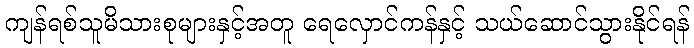
ကျန်ရစ်သူမိသားစုများနှင့်အတူ ရေလှောင်ကန်နှင့် သယ်ဆောင်သွားနိုင်ရန်